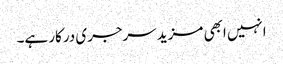
انہیں ابھی مزید سرجری درکار ہے۔